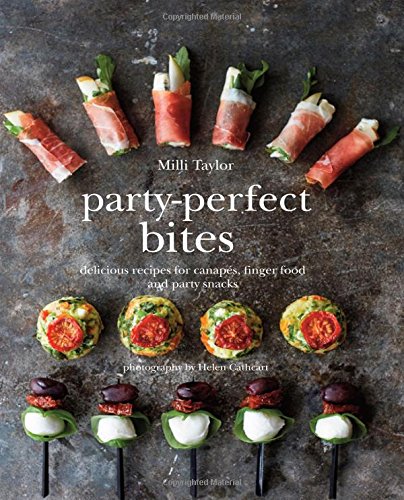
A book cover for Party-Perfect Bites: 100 Delicious Recipes for Canapes, Finger Food and Party Snacks; MILLI Taylor; Cookbooks, Food & Wine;